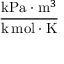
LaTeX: \frac { { \mathrm { k P a } } \cdot { \mathrm { m } } ^ { 3 } } { { \mathrm { k } } \, { \mathrm { m o l } } \cdot { \mathrm { K } } }